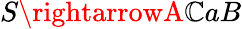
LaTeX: S\rightarrowA\mathbb{C}aB